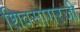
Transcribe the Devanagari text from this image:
शिवसागरजी